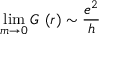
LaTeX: \operatorname * { l i m } _ { m \rightarrow 0 } G ^ { \mathbf { \alpha } } ( r ) \sim \frac { e ^ { 2 } } { h }